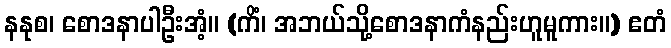
နနုစ၊ စောဒနာပါဦးအံ့။ (ကိံ၊ အဘယ်သို့စောဒနာကံနည်းဟူမူကား။) ဧတံ